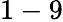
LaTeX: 1-9